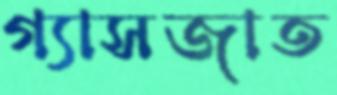
গ্যাসজাত